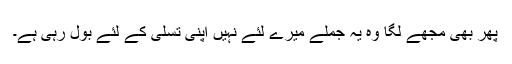
پھر بھی مجھے لگا وہ یہ جملے میرے لئے نہیں اپنی تسلی کے لئے بول رہی ہے۔